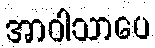
အာဝါသာပေ